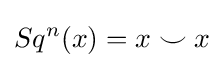
Sq^{n}(x)=x\smile x